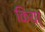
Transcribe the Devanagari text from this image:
किया्